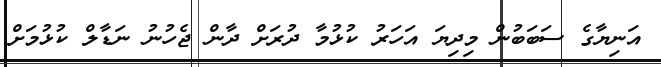
އަނިޔާގެ ސަބަބުން މިދިޔަ އަހަރު ކުޅުމާ ދުރަށް ދާން ޖެހުނު ނަޑާލް ކުޅުމަށް